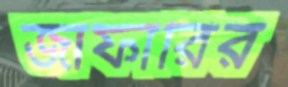
জাফারির